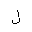
Letter: _lam